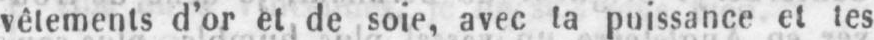
vêtements d’or et de soie, avec ta puissance et les